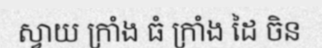
ស្វាយ ក្រាំង ធំ ក្រាំង ដៃ ចិន